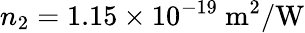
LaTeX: n_{2}=1.15\times 10^{-19}\ \mathrm{m^{2}/W}